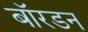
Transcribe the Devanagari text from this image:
बॉरडन